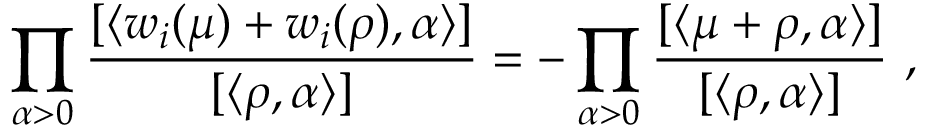
\prod _ { \alpha > 0 } \frac { [ \langle w _ { i } ( \mu ) + w _ { i } ( \rho ) , \alpha \rangle ] } { [ \langle \rho , \alpha \rangle ] } = - \prod _ { \alpha > 0 } \frac { [ \langle \mu + \rho , \alpha \rangle ] } { [ \langle \rho , \alpha \rangle ] } ~ ,